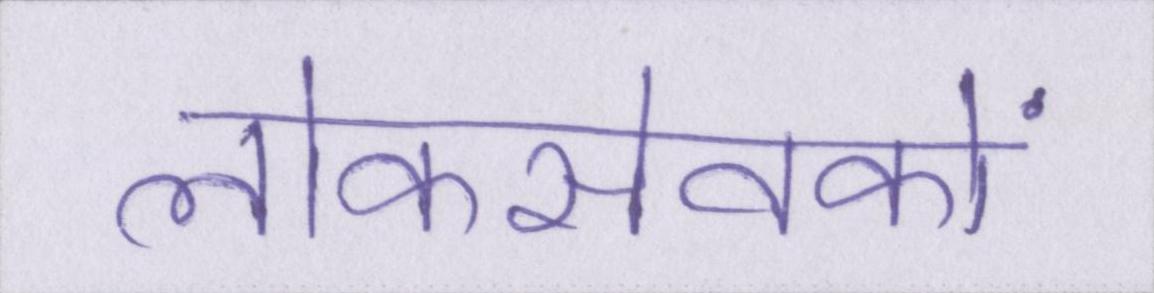
लोकसेवकों